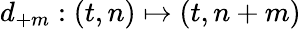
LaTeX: d_{+m}:(t,n)\mapsto(t,n+m)